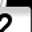
Digit: 2